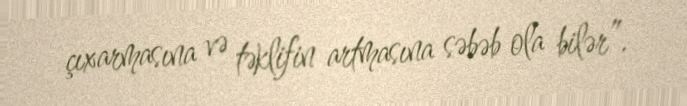
çıxarmasına və təklifin artmasına səbəb ola bilər”.